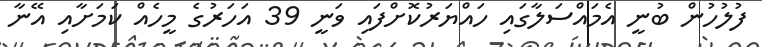
ފުލުހުން ބުނީ އެމައްސަލާގައި ހައްޔަރުކޮށްފައި ވަނީ 39 އަހަރުގެ މީހެއް ކަަމަށާއި އޭނާ